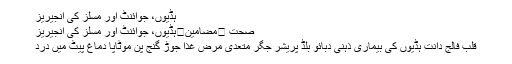
ہڈیوں، جوائنٹ اور مسلز کی انجیریز
صحت ⬅مضامین⬅ہڈیوں، جوائنٹ اور مسلز کی انجیریز
قلب فالج دانت ہڈیوں کی بیماری ذہنی دبائو بلڈ پریشر جگر متعدی مرض غذا جوڑ گنج پن موٹاپا دماغ پیٹ میں درد